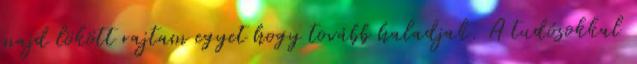
majd lökött rajtam egyet hogy tovább haladjak. A tudósokkal